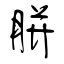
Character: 胼